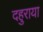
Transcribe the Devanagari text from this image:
दहुराया